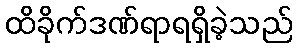
ထိခိုက်ဒဏ်ရာရရှိခဲ့သည်